Code of medical and sanitary regulations for the guidance of medical officers serving in the Madras Presidency - Volume II
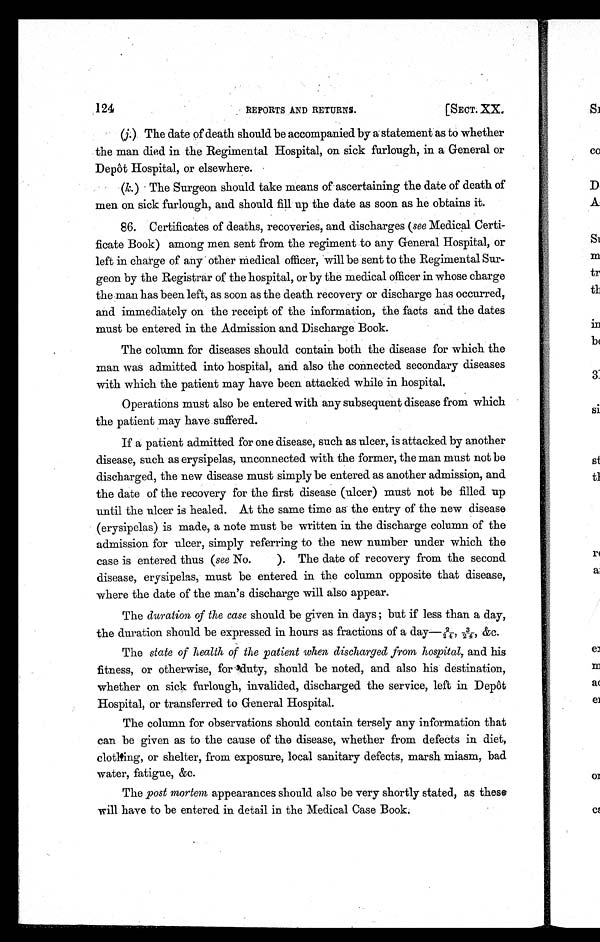
124
REPORTS AND RETURNS.
[SECT. XX.
(j.) The date of death should be accompanied by a statement as to whether
the man died in the Regimental Hospital, on sick furlough, in a General or
Depôt Hospital, or elsewhere.
(k.) The Surgeon should take means of ascertaining the date of death of
men on sick furlough, and should fill up the date as soon as he obtains it.
86. Certificates of deaths, recoveries, and discharges (see Medical Certi
- f i c a t e B o o k ) a m o n g m e n s e n t f r o m t h e r e g i m e n t t o a n y G e n e r a l H o s p i t a l , o r
left in charge of any other medical officer, will be sent to the Regimental Sur
-geon by the Registrar of the hospital, or by the medical officer in whose charge
the man has been left, as soon as the death recovery or discharge has occurred,
and immediately on the receipt of the information, the facts and the dates
must be entered in the Admission and Discharge Book.
The column for diseases should contain both the disease for which the
man was admitted into hospital, and also the connected secondary diseases
with which the patient may have been attacked while in hospital.
Operations must also be entered with any subsequent disease from which
the patient may have suffered.
If a patient admitted for one disease, such as ulcer, is attacked by another
disease, such as erysipelas, unconnected with the former, the man must not be
discharged, the new disease must simply be entered as another admission, and
the date of the recovery for the first disease (ulcer) must not be filled up
until the ulcer is healed. At the same time as the entry of the new disease
(erysipelas) is made, a note must be written in the discharge column of the
admission for ulcer, simply referring to the new number under which the
case is entered thus (see No. ). The date of recovery from the second
disease, erysipelas, must be entered in the column opposite that disease,
where the date of the man's discharge will also appear.
The duration of the case should be given in days; but if less than a day,
the duration should be expressed in hours as fractions of a day—2/24, 3/24, &c.
The state of health of the patient when discharged from hospital, and his
fitness, or otherwise, for duty, should be noted, and also his destination,
whether on sick furlough, invalided, discharged the service, left in Depôt
Hospital, or transferred to General Hospital.
The column for observations should contain tersely any information that
can be given as to the cause of the disease, whether from defects in diet,
clothing, or shelter, from exposure, local sanitary defects, marsh miasm, bad
water, fatigue, &c.
The post mortem appearances should also be very shortly stated, as these
will have to be entered in detail in the Medical Case Book.